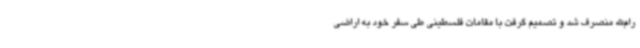
رام‌الله منصرف شد و تصمیم گرفت با مقامات فلسطینی طی سفر خود به اراضی